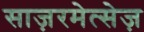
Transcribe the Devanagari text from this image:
साज़रमेत्सेज़